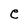
Character: e